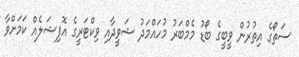
ސަތޯގެ އިތުރުން ވީބީގެ ބޯޑު މެމްބަރު މުހައްމަދު ޝަވީދާއި ވިކްޓަރީގެ އޮފިޝަލެއް ކަމަށްވާ